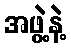
အဖွဲ့နဲ့